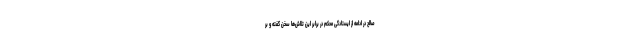
صالح در ادامه از ایستادگی محکم در برابر این تلاش‌ها سخن گفته و بر